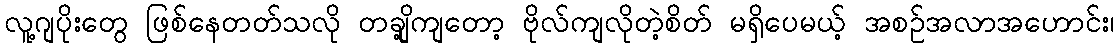
လူ့ဂျပိုးတွေ ဖြစ်နေတတ်သလို တချို့ကျတော့ ဗိုလ်ကျလိုတဲ့စိတ် မရှိပေမယ့် အစဉ်အလာအဟောင်း၊